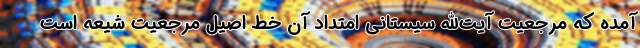
آمده که مرجعیت آیت‌الله سیستانی امتداد آن خط اصیل مرجعیت شیعه است